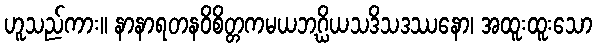
ဟူသည်ကား။ နာနာရတနဝိစိတ္တကမယဘဂ္ဃိယသဒိသဒဿနော၊ အထူးထူးသော